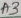
Text: A3